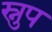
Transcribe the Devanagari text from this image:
स्नुप